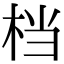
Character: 档